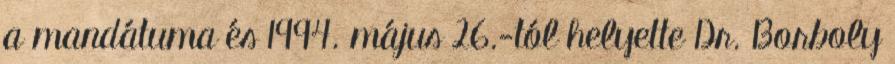
a mandátuma és 1994. május 26.-tól helyette Dr. Borboly